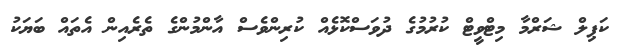
ކަޕިލް ޝަރްމާ މިޓްވީޓް ކުރުމުގެ ދުވަސްކޮޅެއް ކުރިންވެސް އާންމުންގެ ތެރެއިން އެތައް ބަޔަކު